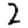
Digit: 2